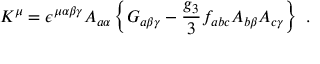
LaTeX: K ^ { \mu } = \epsilon ^ { \mu \alpha \beta \gamma } A _ { a \alpha } \left\{ G _ { a \beta \gamma } - \frac { g _ { 3 } } { 3 } f _ { a b c } A _ { b \beta } A _ { c \gamma } \right\} ~ .